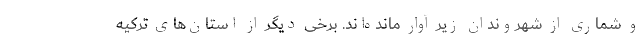
و شماری از شهروندان زیر آوار مانده‌اند. برخی دیگر از استان‌های ترکیه